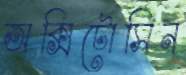
অক্সিটোসিন